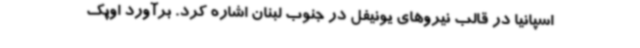
اسپانیا در قالب نیروهای یونیفل در جنوب لبنان اشاره کرد. برآورد اوپک